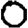
Digit: 0